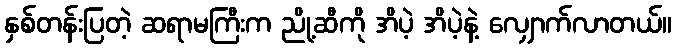
နှစ်တန်းပြတဲ့ ဆရာမကြီးက ညို့ဆီကို အိပဲ့ အိပဲ့နဲ့ လျှောက်လာတယ်။